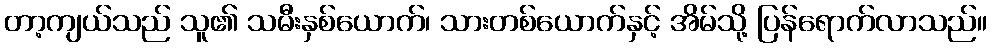
တာ့ကျယ်သည် သူ၏ သမီးနှစ်ယောက်၊ သားတစ်ယောက်နှင့် အိမ်သို့ ပြန်ရောက်လာသည်။